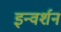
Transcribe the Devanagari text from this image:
इन्वर्शन